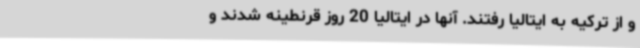
و از ترکیه به ایتالیا رفتند. آنها در ایتالیا 20 روز قرنطینه شدند و